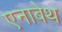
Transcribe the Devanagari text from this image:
एनाबेथ